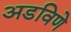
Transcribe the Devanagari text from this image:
अडविणे